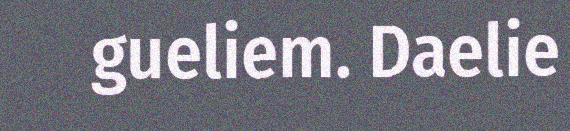
gueliem. Daelie